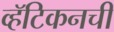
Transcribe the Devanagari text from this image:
व्हॅटिकनची